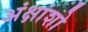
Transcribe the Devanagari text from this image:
अंक्षांशो